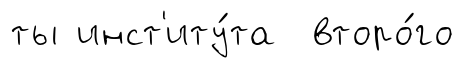
ты инст'иту́та второ́го